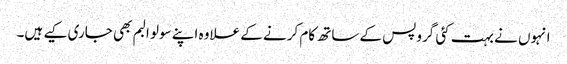
انہوں نے بہت کئی گروپس کے ساتھ کام کرنے کے علاوہ اپنے سولو البم بھی جاری کیے ہیں۔